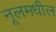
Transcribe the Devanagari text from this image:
नूलमधील